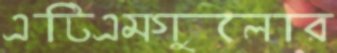
এটিএমগুলোর